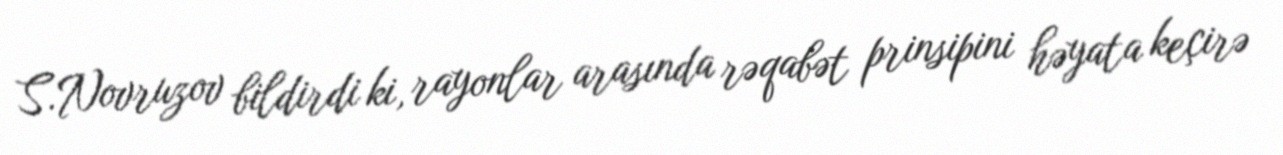
S.Novruzov bildirdi ki, rayonlar arasında rəqabət prinsipini həyata keçirə